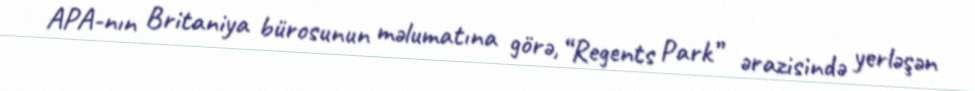
APA-nın Britaniya bürosunun məlumatına görə, “Regents Park” ərazisində yerləşən